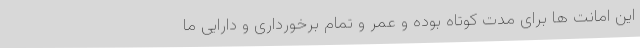
این امانت ها برای مدت کوتاه بوده و عمر و تمام برخورداری و دارایی ما